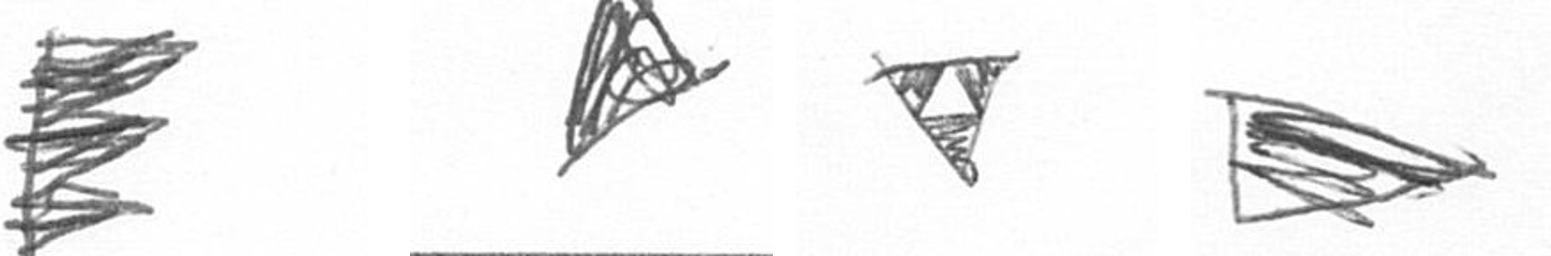
H O S T